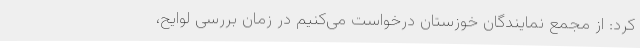
کرد: از مجمع نمایندگان خوزستان درخواست می‌کنیم در زمان بررسی لوایح،